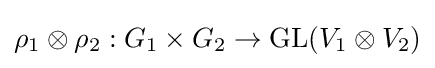
\rho _{1}\otimes \rho _{2}:G_{1}\times G_{2}\to {\text{GL}}(V_{1}\otimes V_{2})